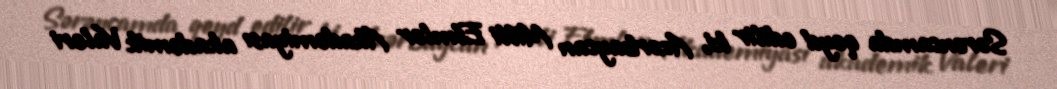
Sərəncamda qeyd edilir ki, Azərbaycan Milli Elmlər Akademiyası akademik Valeri